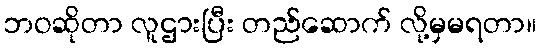
ဘဝဆိုတာ လူဌားပြီး တည်ဆောက် လို့မှမရတာ။